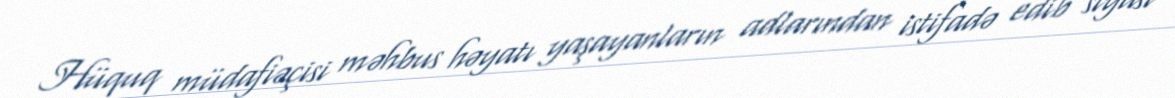
Hüquq müdafiəçisi məhbus həyatı yaşayanların adlarından istifadə edib siyasi